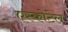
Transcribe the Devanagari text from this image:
एस्कोटेल